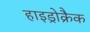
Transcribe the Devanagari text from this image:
हाइड्रोक्रैक